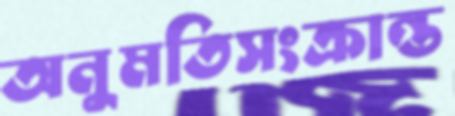
অনুমতিসংক্রান্ত